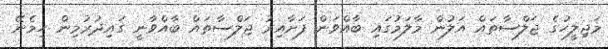
މަޖިލީހުގެ ޖަލްސާތައް އަލުން މާލަމުގައި ބާއްވަން ފަށާއިރު ޖަލްސާތައް ބާއްވާނީ ގައިދުރުމިން ހިމެނޭ